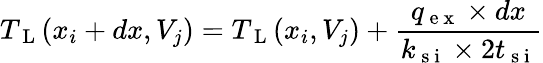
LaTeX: T_{\mathrm{~L~}}(x_{i}+dx,V_{j})=T_{\mathrm{~L~}}(x_{i},V_{j})+\frac{q_{\mathrm{~e~x~}}\times dx}{k_{\mathrm{~s~i~}}\times 2t_{\mathrm{~s~i~}}}